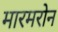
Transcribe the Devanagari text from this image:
मारमरोन